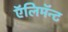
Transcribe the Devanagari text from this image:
ऍलिमॅन्ट